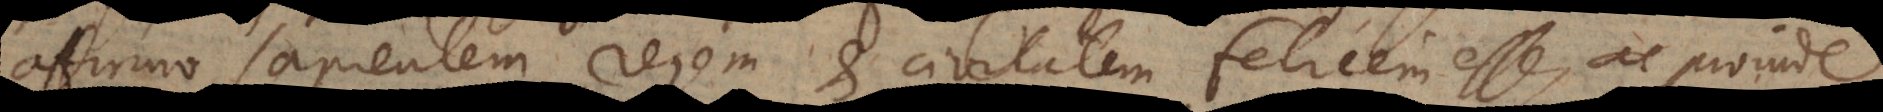
affirmo sapientem regem et civitatem felicem esse, ac proinde